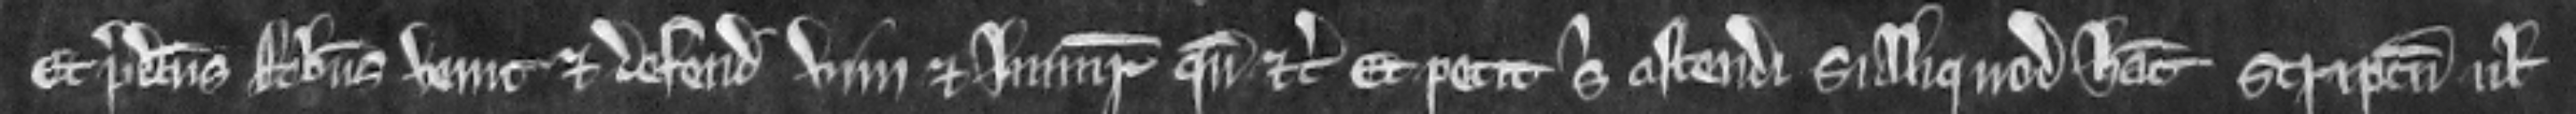
Et predictus Robertus venit et defendit vim et injuriam quando etc. Et petit sibi ostendi si aliquod habeat scriptum vel